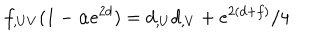
f _ { , U V } ( 1 - \alpha e ^ { 2 d } ) = d _ { , U } d _ { , V } + e ^ { 2 ( d + f ) } / 4